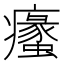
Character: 𱱯